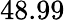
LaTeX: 48.99